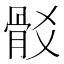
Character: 𩨟